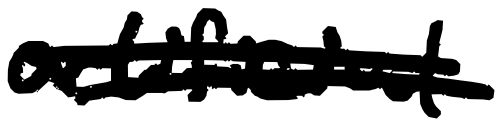
Text: artificial
Cross-out: double-line
Writing tool: digital_black